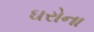
ઘરોના